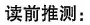
读前推测：